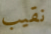
نقيب